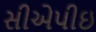
સીએપીઇ